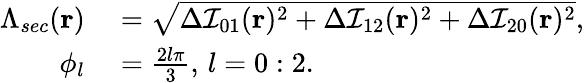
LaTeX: \begin{array}{rl}{\Lambda_{sec}(\mathbf{r})}&{{}=\sqrt{\Delta\mathcal{I}_{01}(\mathbf{r})^{2}+\Delta\mathcal{I}_{12}(\mathbf{r})^{2}+\Delta\mathcal{I}_{20}(\mathbf{r})^{2}},}\\ {\phi_{l}}&{{}=\frac{2l\pi}{3},\, l=0:2.}\end{array}